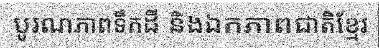
បូរណភាពទឹកដី និងឯកភាពជាតិខ្មែរ